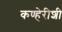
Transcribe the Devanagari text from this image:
कण्हेरीशी